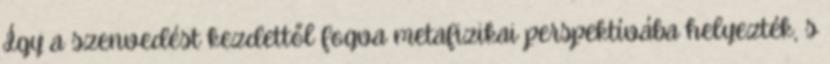
Így a szenvedést kezdettől fogva metafizikai perspektívába helyezték, s